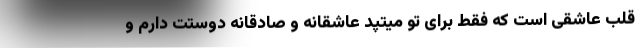
قلب عاشقی است که فقط برای تو میتپد عاشقانه و صادقانه دوستت دارم و